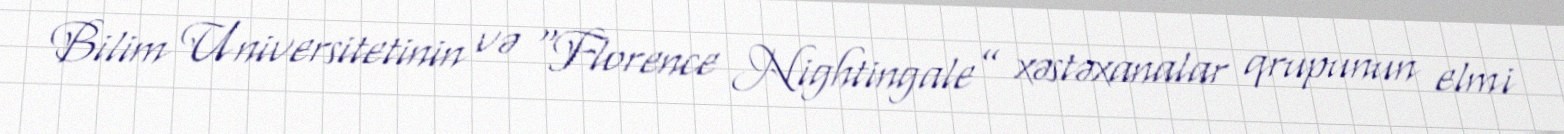
Bilim Universitetinin və “Florence Nightingale” xəstəxanalar qrupunun elmi